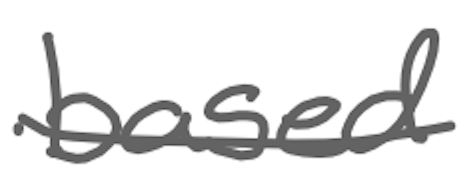
Text: based
Cross-out: mix
Writing tool: digital_gray